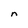
Character: n